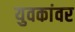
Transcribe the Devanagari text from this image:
युवकांवर